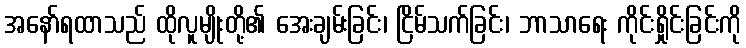
အနော်ရထာသည် ထိုလူမျိုးတို့၏ အေးချမ်းခြင်း၊ ငြိမ်သက်ခြင်း၊ ဘာသာရေး ကိုင်းရှိုင်းခြင်းကို